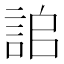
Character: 𧧆